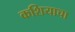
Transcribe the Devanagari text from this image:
कशियाचा